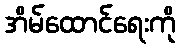
အိမ်ထောင်ရေးကို